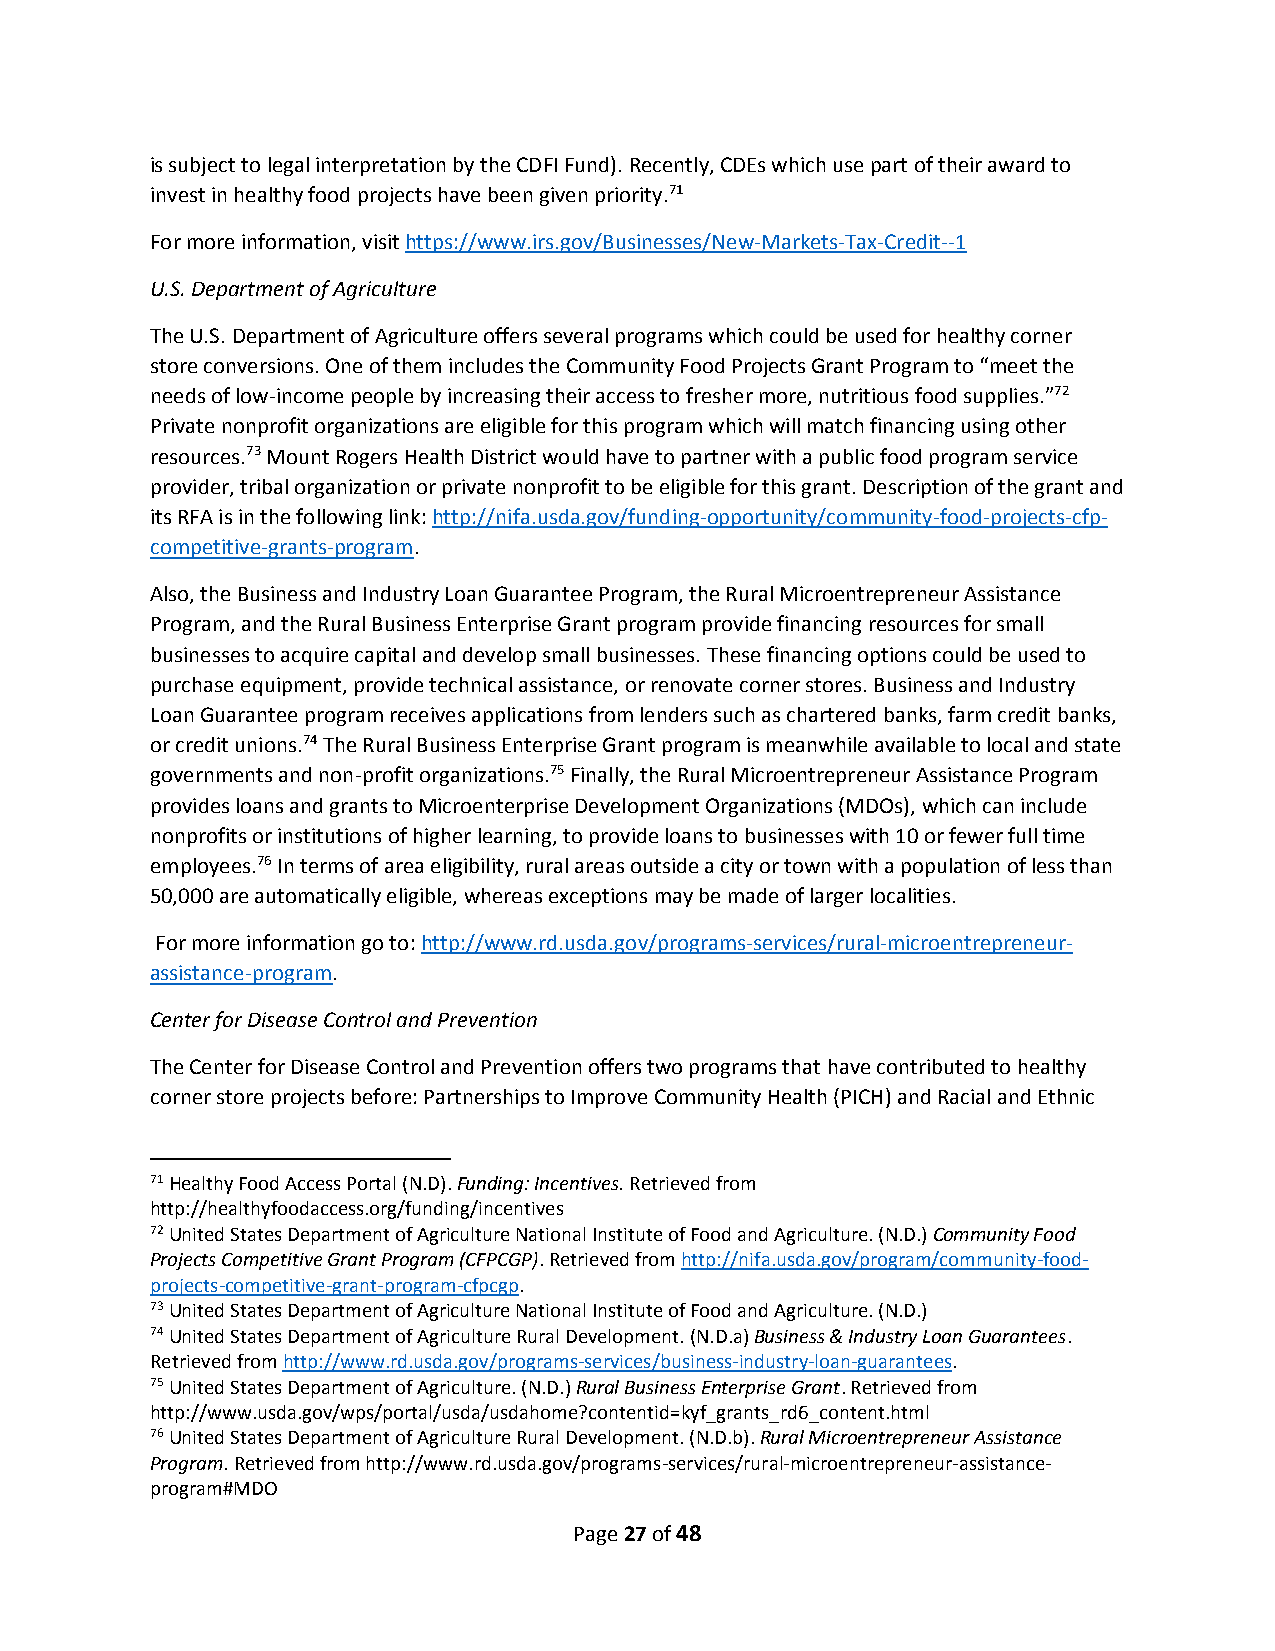
is subject to legal interpretation by the CDFI Fund). Recently, CDEs which use part of their award to
 invest in healthy food projects have been given priority.71
 For more information, visit https://www.irs.gov/Businesses/New-Markets-Tax-Credit--1
 U.S. Department of Agriculture
 The U.S. Department of Agriculture offers several programs which could be used for healthy corner
 store conversions. One of them includes the Community Food Projects Grant Program to “meet the
 needs of low-income people by increasing their access to fresher more, nutritious food supplies.”72
 Private nonprofit organizations are eligible for this program which will match financing using other
 resources.73 Mount Rogers Health District would have to partner with a public food program service
 provider, tribal organization or private nonprofit to be eligible for this grant. Description of the grant and
 its RFA is in the following link: http://nifa.usda.gov/funding-opportunity/community-food-projects-cfp-
 competitive-grants-program.
 Also, the Business and Industry Loan Guarantee Program, the Rural Microentrepreneur Assistance
 Program, and the Rural Business Enterprise Grant program provide financing resources for small
 businesses to acquire capital and develop small businesses. These financing options could be used to
 purchase equipment, provide technical assistance, or renovate corner stores. Business and Industry
 Loan Guarantee program receives applications from lenders such as chartered banks, farm credit banks,
 or credit unions.74 The Rural Business Enterprise Grant program is meanwhile available to local and state
 governments and non-profit organizations.75 Finally, the Rural Microentrepreneur Assistance Program
 provides loans and grants to Microenterprise Development Organizations (MDOs), which can include
 nonprofits or institutions of higher learning, to provide loans to businesses with 10 or fewer full time
 employees.76 In terms of area eligibility, rural areas outside a city or town with a population of less than
 50,000 are automatically eligible, whereas exceptions may be made of larger localities.
 For more information go to: http://www.rd.usda.gov/programs-services/rural-microentrepreneur-
 assistance-program.
 Center for Disease Control and Prevention
 The Center for Disease Control and Prevention offers two programs that have contributed to healthy
 corner store projects before: Partnerships to Improve Community Health (PICH) and Racial and Ethnic
 71 Healthy Food Access Portal (N.D). Funding: Incentives. Retrieved from
 http://healthyfoodaccess.org/funding/incentives
 72 United States Department of Agriculture National Institute of Food and Agriculture. (N.D.) Community Food
 Projects Competitive Grant Program (CFPCGP). Retrieved from http://nifa.usda.gov/program/community-food-
 projects-competitive-grant-program-cfpcgp.
 73 United States Department of Agriculture National Institute of Food and Agriculture. (N.D.)
 74 United States Department of Agriculture Rural Development. (N.D.a) Business & Industry Loan Guarantees.
 Retrieved from http://www.rd.usda.gov/programs-services/business-industry-loan-guarantees.
 75 United States Department of Agriculture. (N.D.) Rural Business Enterprise Grant. Retrieved from
 http://www.usda.gov/wps/portal/usda/usdahome?contentid=kyf_grants_rd6_content.html
 76 United States Department of Agriculture Rural Development. (N.D.b). Rural Microentrepreneur Assistance
 Program. Retrieved from http://www.rd.usda.gov/programs-services/rural-microentrepreneur-assistance-
 program#MDO
 Page 27 of 48